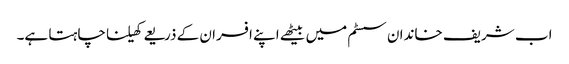
اب شریف خاندان سسٹم میں بیٹھے اپنے افسران کے ذریعے کھیلنا چاہتا ہے۔